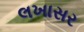
લખાસર